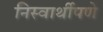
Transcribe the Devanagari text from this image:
निस्वार्थीपणे